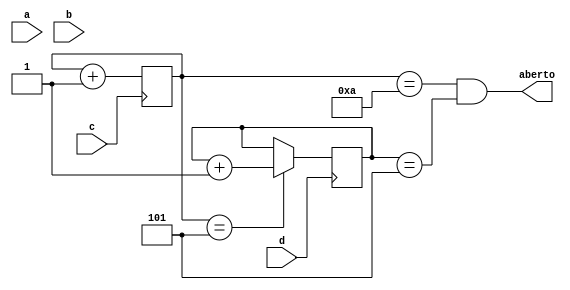
module cadeado(
    output aberto,
    input a,
    input b,
    input c,
    input d
);

    reg [15:0] conta_c = 0;
    reg [15:0] conta_d = 0;

    always @( posedge c ) begin
        conta_c <= conta_c + 1;
    end

    always @( negedge d) begin
        if (conta_c == 5) begin
            conta_d <= conta_d + 1;
        end
    end

    assign aberto = conta_c == 10 && conta_d == 5;

endmodule